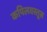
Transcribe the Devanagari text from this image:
कपिलवस्तूस